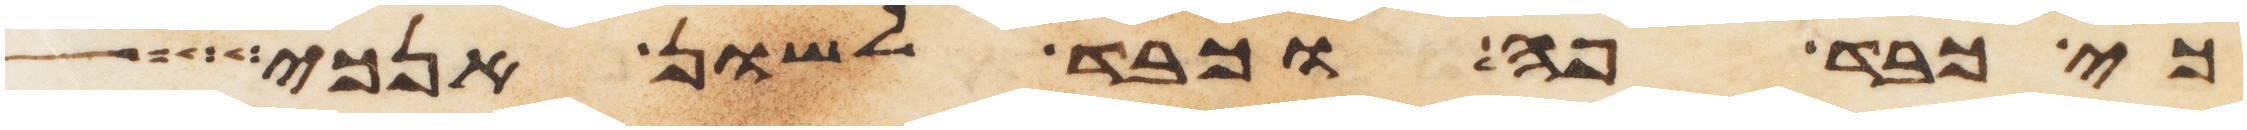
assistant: כי כבד פה וכבד לשון אנכי